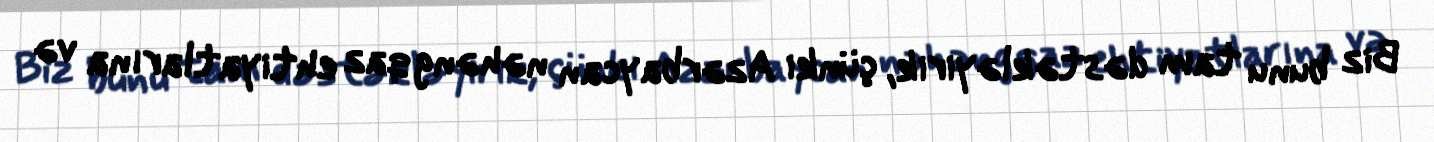
Biz bunu tam dəstəkləyirik, çünki Azərbaycan nəhəng qaz ehtiyatlarına və